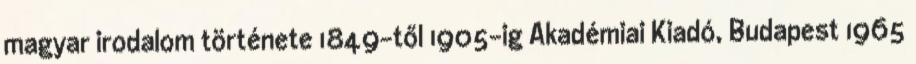
magyar irodalom története 1849-től 1905-ig Akadémiai Kiadó, Budapest 1965